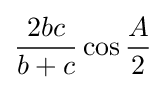
{\frac {2bc}{b+c}}\cos {\frac {A}{2}}